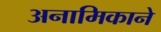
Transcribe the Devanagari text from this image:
अनामिकाने